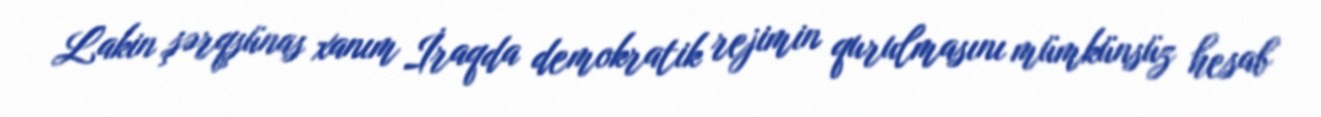
Lakin şərqşünas xanım İraqda demokratik rejimin qurulmasını mümkünsüz hesab